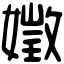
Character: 嬍